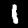
Label: 1